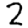
Digit: 2